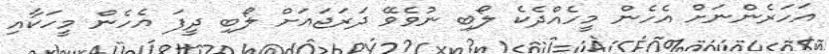
އަހަރެންނަށް އެހެން މީހެއްދެކެ ލޯބި ނުވެވޭ ދަރަޖައަށް ލޯބި ދީފަ އެހެން މީހަކާއި